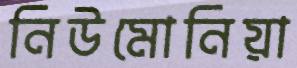
নিউমোনিয়া